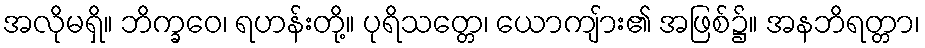
အလိုမရှိ။ ဘိက္ခဝေ၊ ရဟန်းတို့။ ပုရိသတ္တေ၊ ယောကျ်ား၏ အဖြစ်၌။ အနဘိရတ္တာ၊